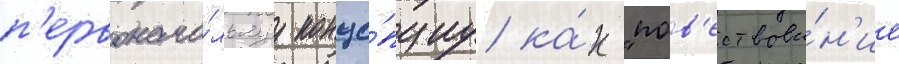
п'ервонача́льнуу конце́пциу ка́к "пов'ествова́н'ие